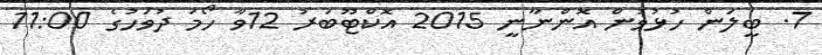
7. ބީލަން ހުޅުވުން އޮންނާނީ 2015 އޮކްޓޫބަރު 12ވާ ހޯމަ ދުވަހުގެ 11:00